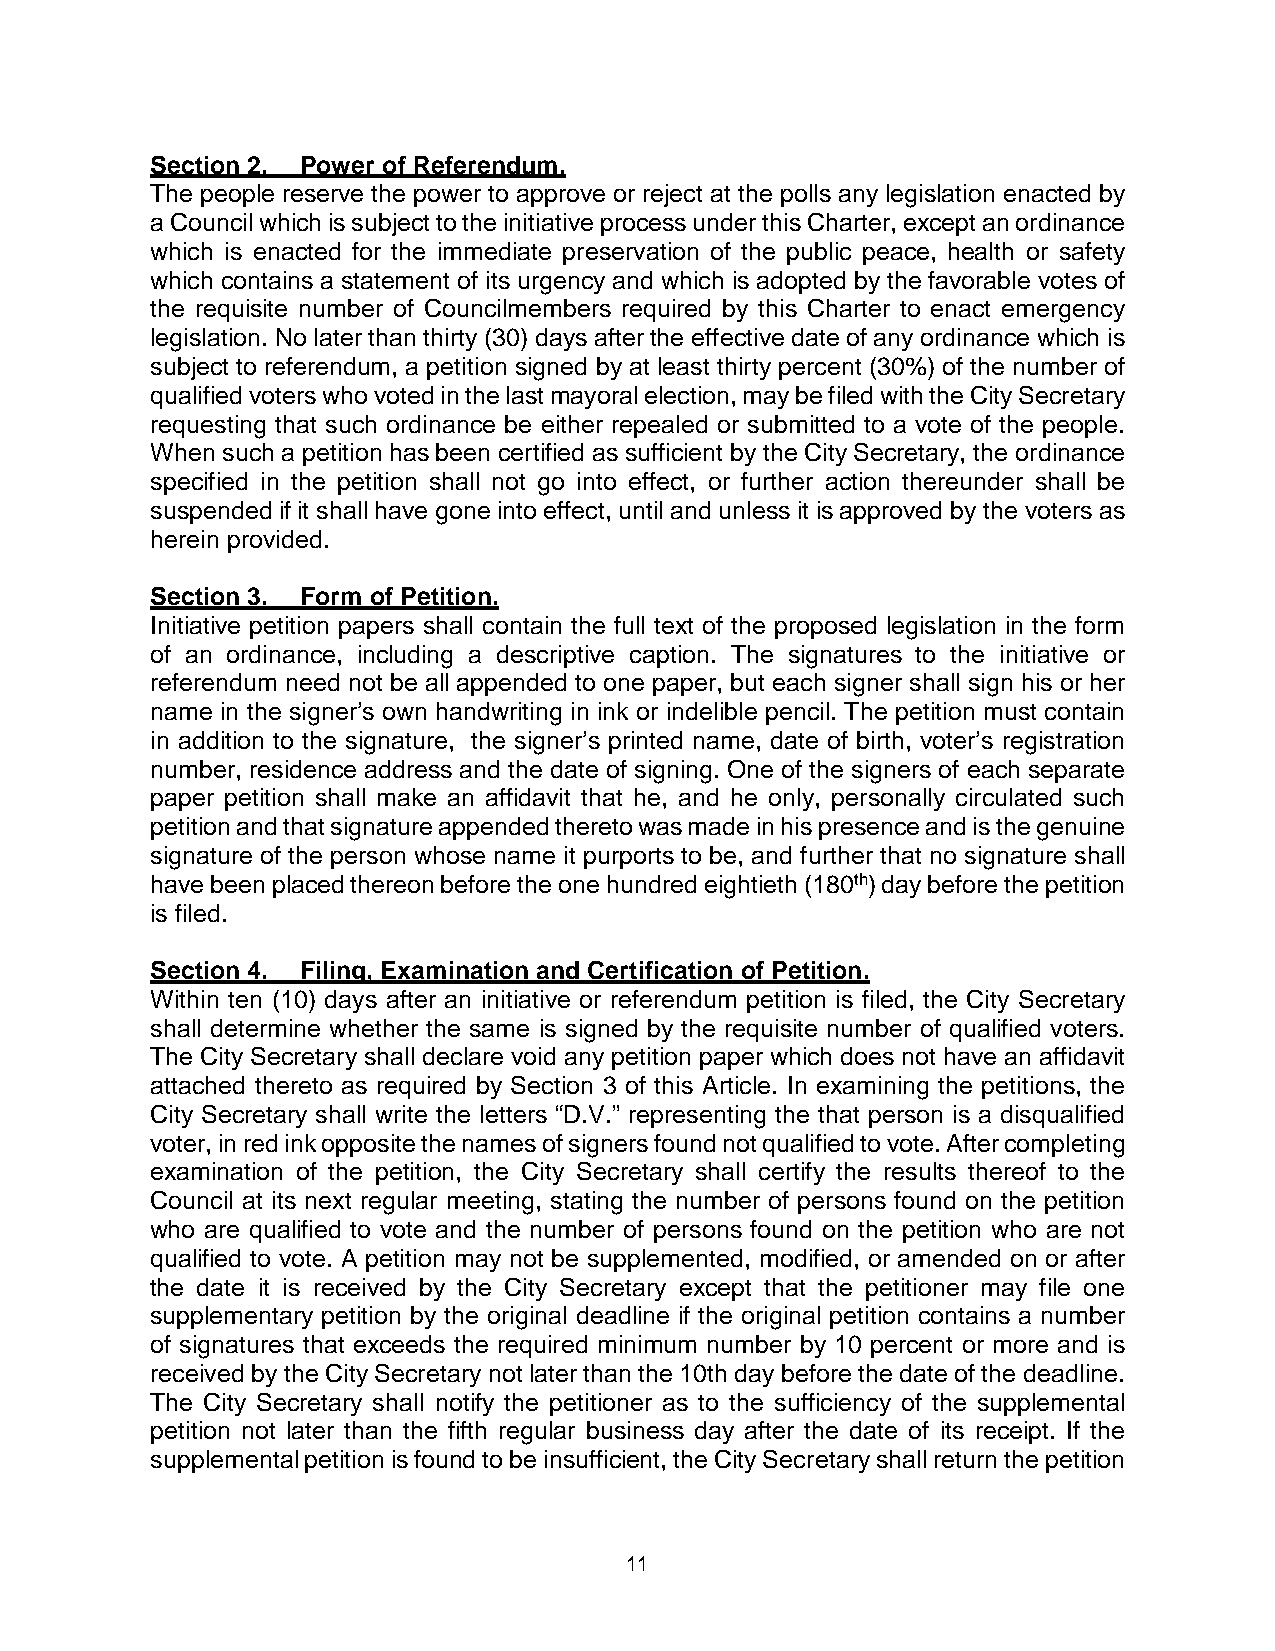
Section 2. Power of Referendum.
 The people reserve the power to approve or reject at the polls any legislation enacted by
 a Council which is subject to the initiative process under this Charter, except an ordinance
 which is enacted for the immediate preservation of the public peace, health or safety
 which contains a statement of its urgency and which is adopted by the favorable votes of
 the requisite number of Councilmembers required by this Charter to enact emergency
 legislation. No later than thirty (30) days after the effective date of any ordinance which is
 subject to referendum, a petition signed by at least thirty percent (30%) of the number of
 qualified voters who voted in the last mayoral election, may be filed with the City Secretary
 requesting that such ordinance be either repealed or submitted to a vote of the people.
 When such a petition has been certified as sufficient by the City Secretary, the ordinance
 specified in the petition shall not go into effect, or further action thereunder shall be
 suspended if it shall have gone into effect, until and unless it is approved by the voters as
 herein provided.
 Section 3. Form of Petition.
 Initiative petition papers shall contain the full text of the proposed legislation in the form
 of an ordinance, including a descriptive caption. The signatures to the initiative or
 referendum need not be all appended to one paper, but each signer shall sign his or her
 name in the signer’s own handwriting in ink or indelible pencil. The petition must contain
 in addition to the signature, the signer’s printed name, date of birth, voter’s registration
 number, residence address and the date of signing. One of the signers of each separate
 paper petition shall make an affidavit that he, and he only, personally circulated such
 petition and that signature appended thereto was made in his presence and is the genuine
 signature of the person whose name it purports to be, and further that no signature shall
 have been placed thereon before the one hundred eightieth (180th) day before the petition
 is filed.
 Section 4. Filing, Examination and Certification of Petition.
 Within ten (10) days after an initiative or referendum petition is filed, the City Secretary
 shall determine whether the same is signed by the requisite number of qualified voters.
 The City Secretary shall declare void any petition paper which does not have an affidavit
 attached thereto as required by Section 3 of this Article. In examining the petitions, the
 City Secretary shall write the letters “D.V.” representing the that person is a disqualified
 voter, in red ink opposite the names of signers found not qualified to vote. After completing
 examination of the petition, the City Secretary shall certify the results thereof to the
 Council at its next regular meeting, stating the number of persons found on the petition
 who are qualified to vote and the number of persons found on the petition who are not
 qualified to vote. A petition may not be supplemented, modified, or amended on or after
 the date it is received by the City Secretary except that the petitioner may file one
 supplementary petition by the original deadline if the original petition contains a number
 of signatures that exceeds the required minimum number by 10 percent or more and is
 received by the City Secretary not later than the 10th day before the date of the deadline.
 The City Secretary shall notify the petitioner as to the sufficiency of the supplemental
 petition not later than the fifth regular business day after the date of its receipt. If the
 supplemental petition is found to be insufficient, the City Secretary shall return the petition
 11